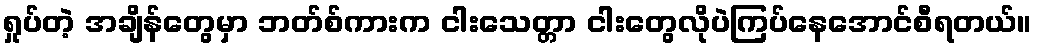
ရှုပ်တဲ့ အချိန်တွေမှာ ဘတ်စ်ကားက ငါးသေတ္တာ ငါးတွေလိုပဲကြပ်နေအောင်စီရတယ်။